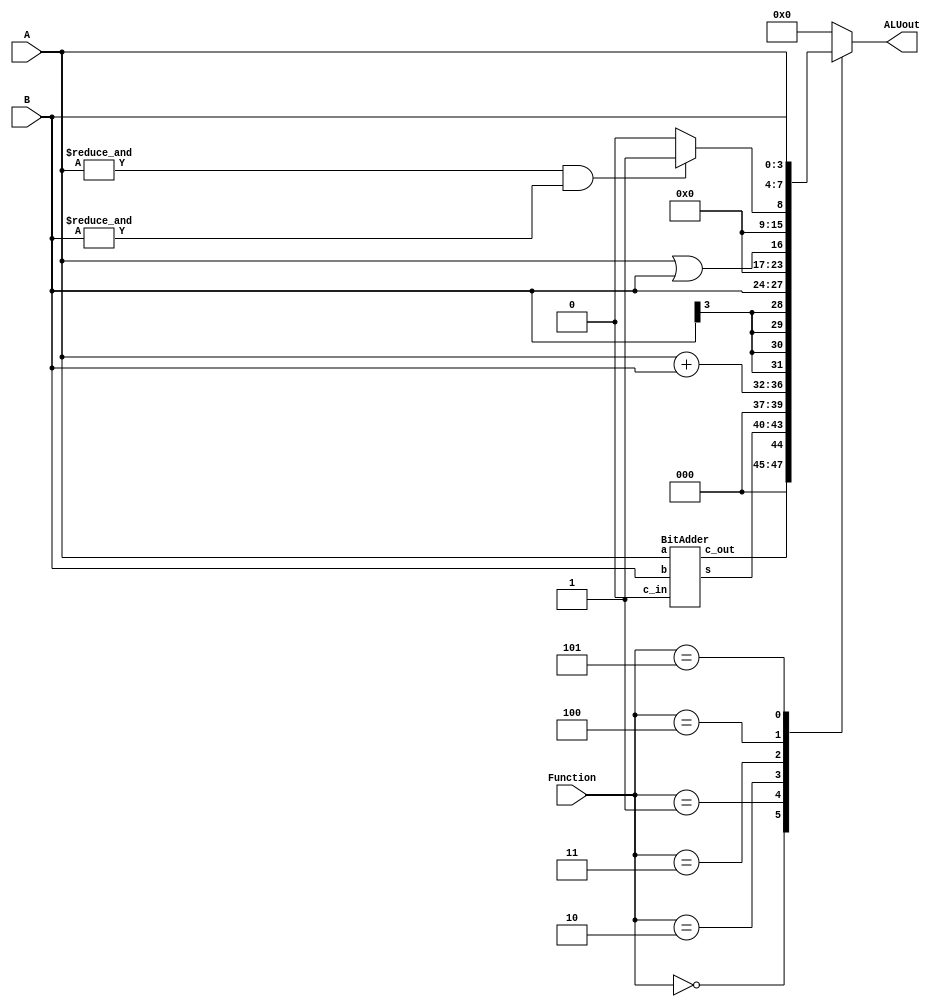
`timescale 1ns / 1ns // `timescale time_unit/time_precision



module part3(A, B, Function, ALUout);

	input[3:0] A, B; 
	input[2:0] Function;
	output reg [7:0] ALUout;
	wire[4:0] c_s;
	
	BitAdder u0 (.a(A), 
			.b(B), 
			.c_in(1'b0), 
			.s(c_s[3:0]), 
			.c_out(c_s[4]));
	
	always@(*)
	begin
		case(Function)
		
			3'b000: ALUout[7:0] = {3'b000, c_s};
			
			3'b001: ALUout = A + B;
			
			3'b010: ALUout = {{4{B[3]}}, B};
			
			3'b011: ALUout = A||B;
			
			3'b100: begin
				if (&A && &B) begin
					ALUout = 8'b00000001;
				end
				else begin
					ALUout = 8'b00000000;
				end
			end
			
			3'b101: ALUout = {A, B};
			
			default: ALUout = 8'b00000000;
		
		endcase
	end

endmodule

module BitAdder(a, b, c_in, s, c_out);
	
	input [3:0] a, b;
	input c_in;
	output [3:0] s;
	output c_out;
	wire [2:0] carry;
	
	FA u0 (
		.a(a[0]), 
		.b(b[0]), 
		.c_i(c_in), 
		.c_o(carry[0]), 
		.s(s[0]));
		
	FA u1 (
		.a(a[1]), 
		.b(b[1]), 
		.c_i(carry[0]), 
		.c_o(carry[1]),
		.s(s[1]));
		
	FA u2 (
		.a(a[2]), 
		.b(b[2]), 
		.c_i(carry[1]), 
		.c_o(carry[2]), 
		.s(s[2]));
	
	FA u3 (
		.a(a[3]), 
		.b(b[3]), 
		.c_i(carry[2]), 
		.c_o(c_out), 
		.s(s[3]));
endmodule


module FA (a, b, c_i, c_o, s);

	input a, b, c_i; 
	output reg c_o, s;
	
	always@(*)
	begin
		{c_o, s} = a+b+c_i;
	end
	
endmodule